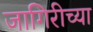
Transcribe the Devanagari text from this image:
जागिरीच्या